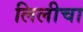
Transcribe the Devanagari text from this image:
लिलीचा